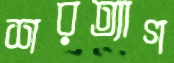
শরত্যাগ